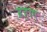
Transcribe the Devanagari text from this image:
ढहाए